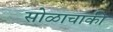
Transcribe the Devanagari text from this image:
सोळाचाकी